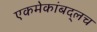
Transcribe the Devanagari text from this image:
एकमेकांबद्लच